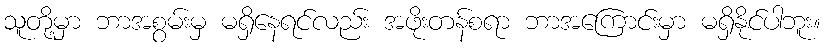
သူတို့မှာ ဘာအစွမ်းမှ မရှိနေရင်လည်း အဖိုးတန်စရာ ဘာအကြောင်းမှာ မရှိနိုင်ပါဘူး။